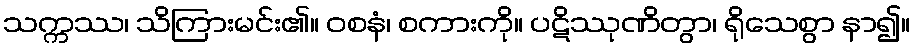
သက္ကဿ၊ သိကြားမင်း၏။ ဝစနံ၊ စကားကို။ ပဋိဿုဏိတွာ၊ ရိုသေစွာ နာ၍။